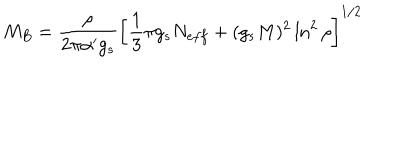
LaTeX: M _ { B } = \frac { \rho } { 2 \pi \alpha ^ { \prime } g _ { s } } \left[ \frac { 1 } { 3 } \pi g _ { s } N _ { e f f } + ( g _ { s } M ) ^ { 2 } \ln ^ { 2 } \rho \right] ^ { 1 / 2 }